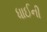
ધાઈની